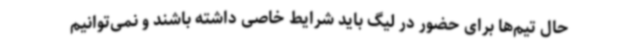
حال تیم‌ها برای حضور در لیگ باید شرایط خاصی داشته باشند و نمی‌توانیم